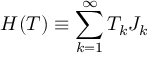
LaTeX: H ( T ) \equiv \sum _ { k = 1 } ^ { \infty } T _ { k } J _ { k }